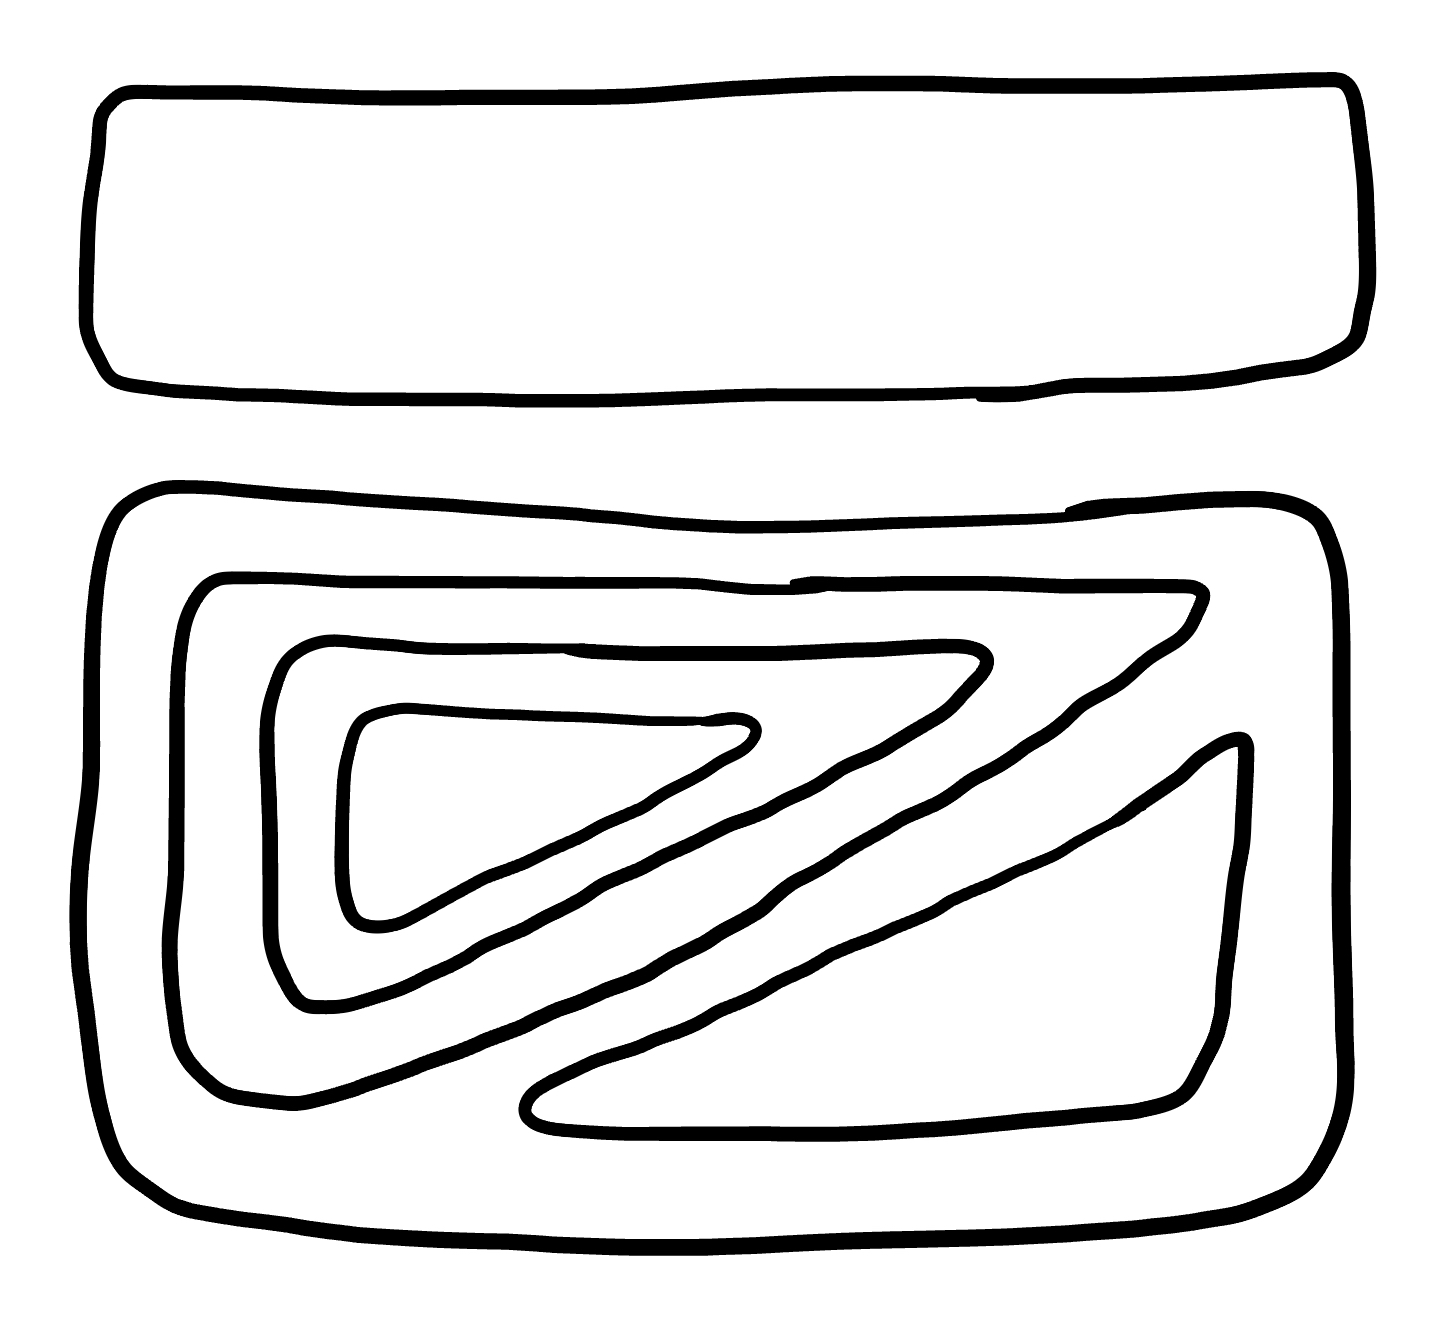
Number of regions (including the outer root region): 7
Containment tree edges (parent, child): 0, 1, 0, 6, 1, 2, 1, 3, 3, 4, 4, 5